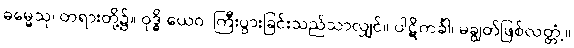
ဓမ္မေသု၊ တရားတို့၌။ ဝုဒ္ဓိ ယေဝ၊ ကြီးပွားခြင်းသည်သာလျှင်။ ပါဋိကင်္ခါ၊ မချွတ်ဖြစ်လတ္တံ့။